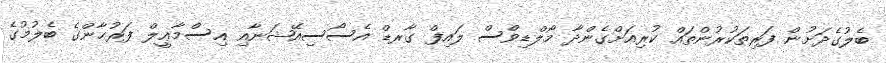
ބެލުގެދަށުން ފަރިތަކުރުންތައް ކުރިއަށްގެންދާ މޯލްޑިވްސް ލައިފް ގާރޑް އެސޯސިއޭޝަނާއި އިސްމާޢީލް ފަރުޙާންގެ ބެލުމުގެ